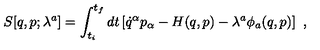
S [ q , p ; \lambda ^ { a } ] = \int _ { t _ { i } } ^ { t _ { f } } d t \left[ \dot { q } ^ { \alpha } p _ { \alpha } - H ( q , p ) - \lambda ^ { a } \phi _ { a } ( q , p ) \right] \ ,